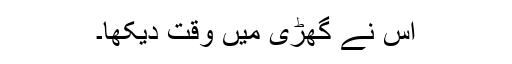
اس نے گھڑی میں وقت دیکھا۔